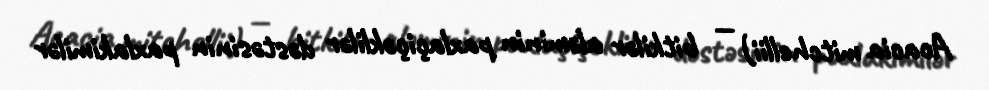
Acacia mitchellii) — bitkilər aləminin paxlaçiçəklilər dəstəsinin paxlakimilər